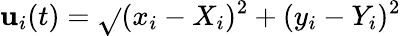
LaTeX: \mathbf{u}_{i}(t)=\sqrt{}{{(x_{i}-X_{i})^{2}+(y_{i}-Y_{i})^{2}}}